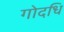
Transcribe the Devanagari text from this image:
गोदधि